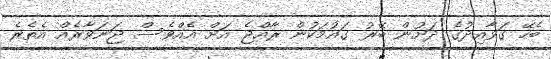
ބެހޭ ގަވާއިދުގެ ދަށުން ބޭރު ގައުމަކުން ރާއްޖެ އަށް އެއްވެސް ޖަނަވާރެއް އެތެރެ